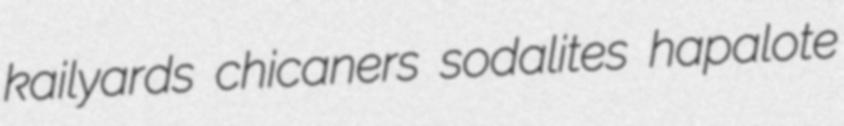
kailyards chicaners sodalites hapalote